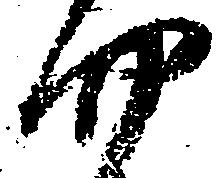
四